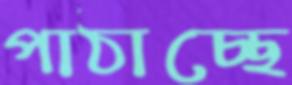
পাঠাচ্ছে